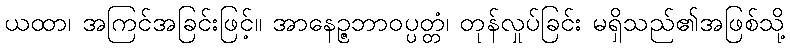
ယထာ၊ အကြင်အခြင်းဖြင့်။ အာနေဉ္ဇဘာဝပ္ပတ္တံ၊ တုန်လှုပ်ခြင်း မရှိသည်၏အဖြစ်သို့